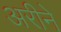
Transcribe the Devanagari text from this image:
अरीने